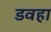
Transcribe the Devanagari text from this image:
डवहा